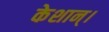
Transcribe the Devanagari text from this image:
केशान्।